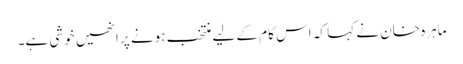
ماہرہ خان نے کہا کہ اس کام کے لیے منتخب ہونے پر انھیں خوشی ہے۔